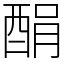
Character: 䣺